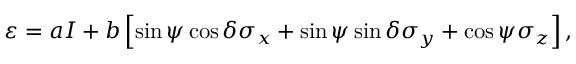
\begin{array} { r } { \varepsilon = a I + b \left[ \sin \psi \cos \delta \sigma _ { x } + \sin \psi \sin \delta \sigma _ { y } + \cos \psi \sigma _ { z } \right] , } \end{array}